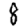
Digit: 8